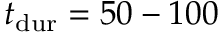
\ensuremath { t _ { \mathrm { d u r } } } = 5 0 - 1 0 0